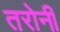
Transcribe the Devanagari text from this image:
तरोनी